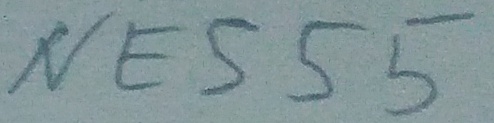
Text: NE555